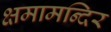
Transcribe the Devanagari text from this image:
क्षमामन्दिर